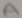
Text: A